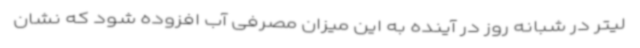
لیتر در شبانه روز در آینده به این میزان مصرفی آب افزوده شود که نشان